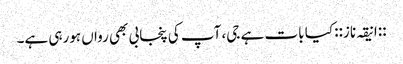
::انیقہ ناز:: کیا بات ہے جی، آپ کی پنجابی بھی رواں ہورہی ہے۔